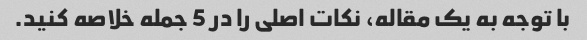
با توجه به یک مقاله، نکات اصلی را در 5 جمله خلاصه کنید.